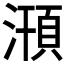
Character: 𣽥